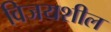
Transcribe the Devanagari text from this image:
विजयशील